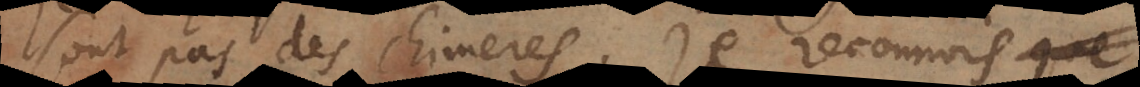
sont pas des chimeres. Je reconnois que